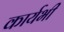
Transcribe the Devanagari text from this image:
कार्यभी